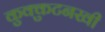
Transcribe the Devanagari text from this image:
कुक्कुटनखी